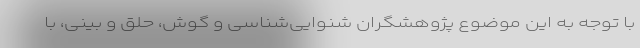
با توجه به این موضوع پژوهشگران شنوایی‌شناسی و گوش، حلق و بینی، با